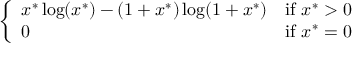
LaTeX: \left\{ \begin{array} { l l } { x ^ { * } \log ( x ^ { * } ) - ( 1 + x ^ { * } ) \log ( 1 + x ^ { * } ) } & { { \mathrm { i f ~ } } x ^ { * } > 0 } \\ { 0 } & { { \mathrm { i f ~ } } x ^ { * } = 0 } \end{array} \right.